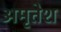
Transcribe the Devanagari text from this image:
अमृतेश